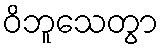
ဝိဘူသေတွာ